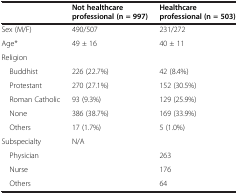
<table><thead><tr><td><b> </b></td><td><b>Not healthcare professional (n = 997)</b></td><td><b>Healthcare professional (n = 503)</b></td></tr></thead><tbody><tr><td>Sex (M/F)</td><td>490/507</td><td>231/272</td></tr><tr><td>Age*</td><td>49 ± 16</td><td>40 ± 11</td></tr><tr><td>Religion</td><td> </td><td> </td></tr><tr><td> Buddhist</td><td>226 (22.7%)</td><td>42 (8.4%)</td></tr><tr><td> Protestant</td><td>270 (27.1%)</td><td>152 (30.5%)</td></tr><tr><td> Roman Catholic</td><td>93 (9.3%)</td><td>129 (25.9%)</td></tr><tr><td> None</td><td>386 (38.7%)</td><td>169 (33.9%)</td></tr><tr><td> Others</td><td>17 (1.7%)</td><td>5 (1.0%)</td></tr><tr><td>Subspecialty</td><td>N/A</td><td> </td></tr><tr><td> Physician</td><td> </td><td>263</td></tr><tr><td> Nurse</td><td> </td><td>176</td></tr><tr><td> Others</td><td> </td><td>64</td></tr></tbody></table>